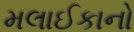
મલાઈકાનો